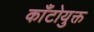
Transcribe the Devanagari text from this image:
काँटोयुक्त